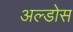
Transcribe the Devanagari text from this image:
अल्डोस